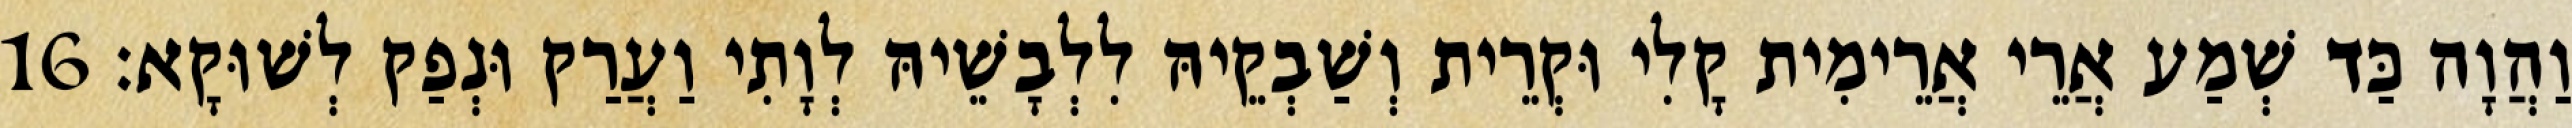
וַהֲוָה כַּד שְׁמַע אֲרֵי אֲרֵימִית קָלִי וּקְרֵית וְשַׁבְקֵיהּ לִלְבָשֵׁיהּ לְוָתִי וַעֲרַק וּנְפַק לְשׁוּקָא׃ 16